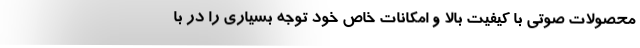
محصولات صوتی با کیفیت بالا و امکانات خاص خود توجه بسیاری را در با